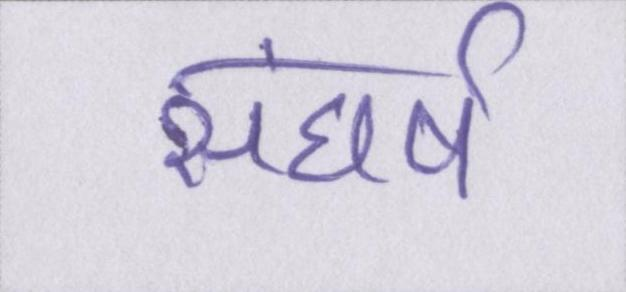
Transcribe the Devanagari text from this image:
संघर्ष